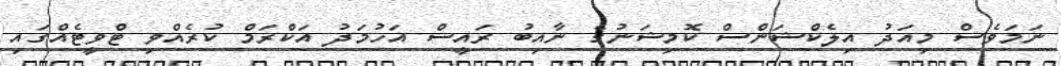
ނަމަވެސް މިއަދު އިލެކްޝަންސް ކޮމިޝަނުގެ ނާއިބު ރައީސް އަހުމަދު އަކްރަމް ކުރެއްވި ޓްވީޓެއްގައި